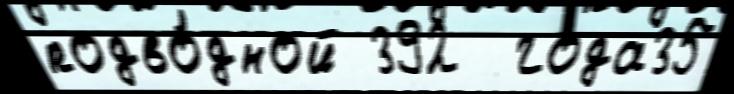
подво́дной 392  года35